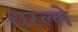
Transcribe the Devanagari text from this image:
धरल्ले